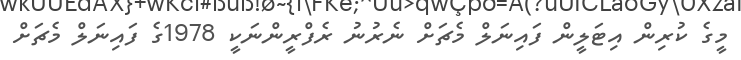
މީގެ ކުރިން އިޓަލީން ފައިނަލް މެޗަށް ނެރުނު ރެފްރީންނަކީ 1978ގެ ފައިނަލް މެޗަށް